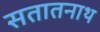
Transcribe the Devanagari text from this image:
सतातनाथ